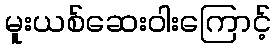
မူးယစ်ဆေးဝါးကြောင့်